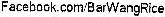
FACEBOOK.COM/BARWANGRICE